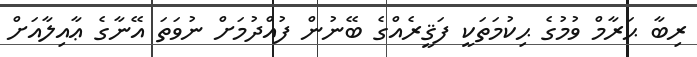
ރިބާ ޙަރާމް ވުމުގެ ޙިކުމަތަކީ ފަޤީރެއްގެ ބޭނުން ފުއްދުމަށް ނުވަތަ އޭނާގެ ޢާއިލާއަށް